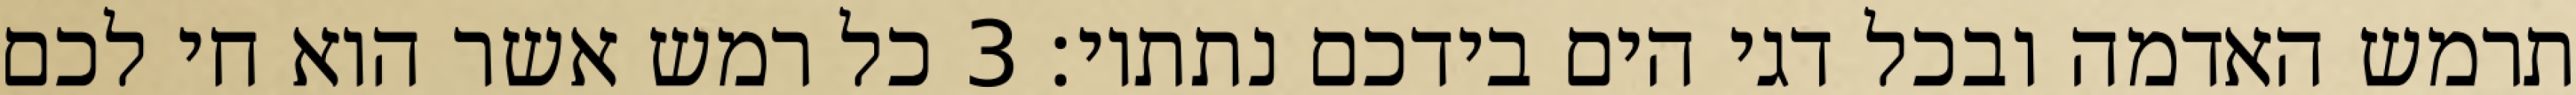
תרמש האדמה ובכל דגי הים בידכם נתתיו׃ ‎3‏ כל רמש אשר הוא חי לכם